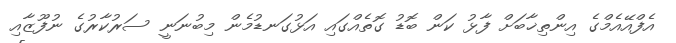
އެފްއޭއެމްގެ އިންތިޚާބަށް ފާޅު ކަން ބޮޑު ގޮތެއްގައި އަޅުގަނޑުމެން މިބުނަނީ ސަރުކާރުގެ ނުފޫޒާއި